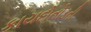
કાયદોતોડતી